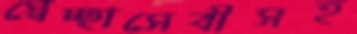
স্বেচ্ছাসেবীসহ